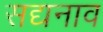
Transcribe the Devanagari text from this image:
सद्यनाव